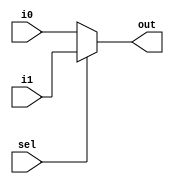
module mux_generic #(parameter width=24)
        (   input [width-1:0]i0,i1,
    input  sel,
            output reg [width-1:0]out
            );
assign out=(sel==1'b0)? i0:i1; //just a line?



endmodule